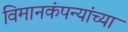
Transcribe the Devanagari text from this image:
विमानकंपन्यांच्या